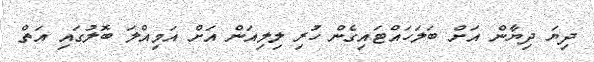
ދިޔަ ދިޔާން އަށް ބަލަހައްޓައިގެން ހުރި ލިލިއަން އަށް އަމިއްލަ ބޮލުގައި އަތް